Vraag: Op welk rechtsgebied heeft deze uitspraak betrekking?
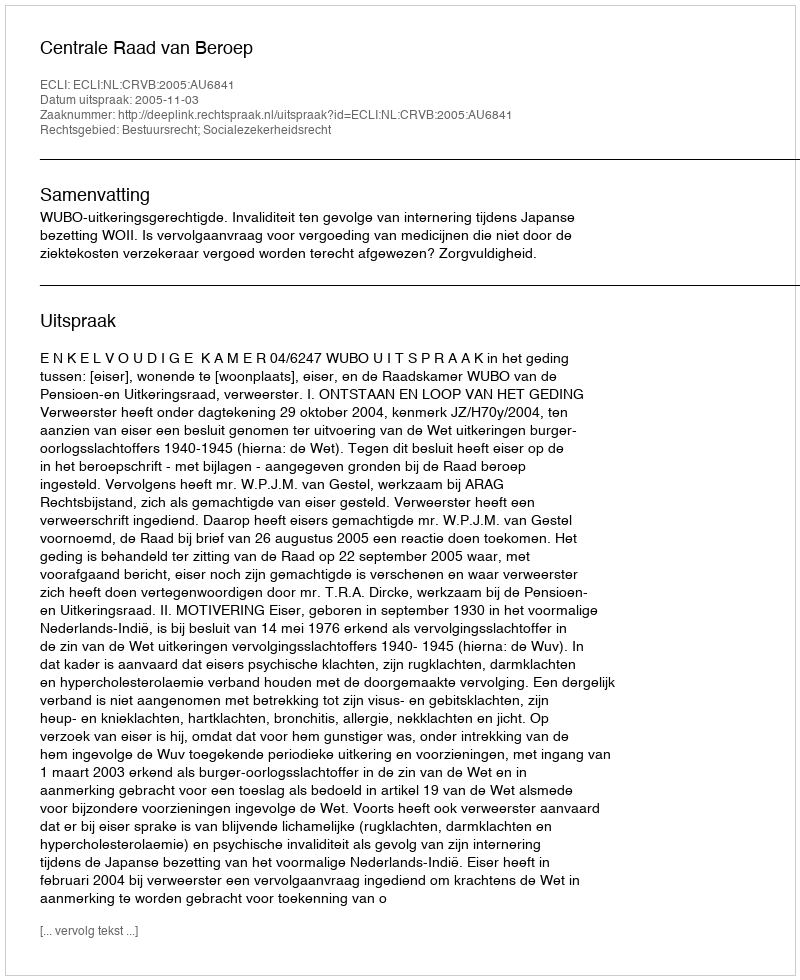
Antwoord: Bestuursrecht; Socialezekerheidsrecht